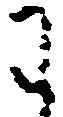
わ